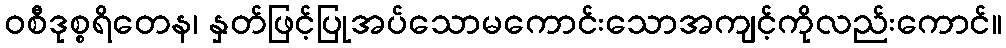
ဝစီဒုစ္စရိတေန၊ နှတ်ဖြင့်ပြုအပ်သောမကောင်းသောအကျင့်ကိုလည်းကောင်။